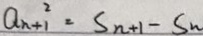
a _ { n } + 1 ^ { 2 } = S _ { n + 1 } - S _ { n }